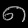
Digit: ၈